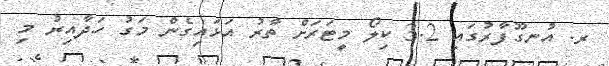
ރ. އުނގޫފާރުގައި 3.2 ކިލޯ މީޓަރަށް ތާރު އަޅައިގެން މަގު ހަދާއިރު މި